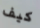
كيف